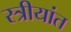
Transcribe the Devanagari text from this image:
स्त्रीयांत